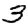
Digit: 3